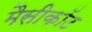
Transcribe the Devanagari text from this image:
मैसीकॉट